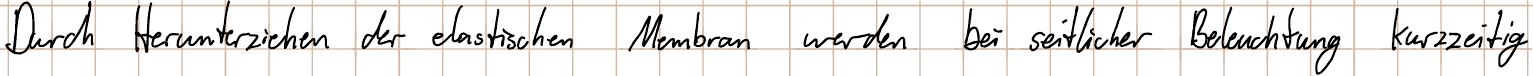
Durch Herunterziehen der elastischen Membran werden bei seitlicher Beleuchtung kurzzeitig